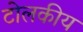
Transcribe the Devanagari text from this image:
टोलकीय